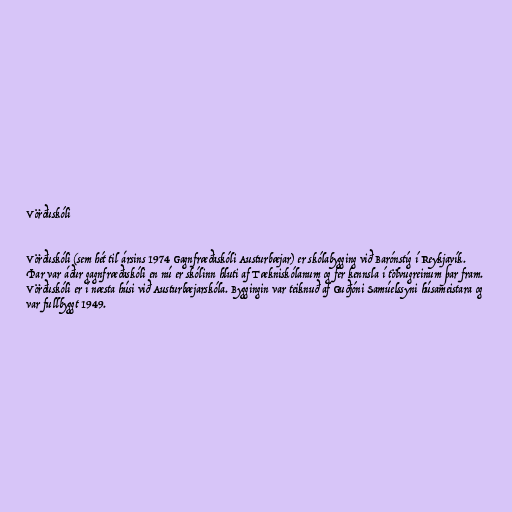
Vörðuskóli

Vörðuskóli (sem hét til ársins 1974 Gagnfræðaskóli Austurbæjar) er skólabygging við Barónstíg í Reykjavík.
Þar var áður gagnfræðaskóli en nú er skólinn hluti af Tækniskólanum og fer kennsla í tölvugreinum þar fram.
Vörðuskóli er í næsta húsi við Austurbæjarskóla. Byggingin var teiknuð af Guðjóni Samúelssyni húsameistara og
var fullbyggt 1949.